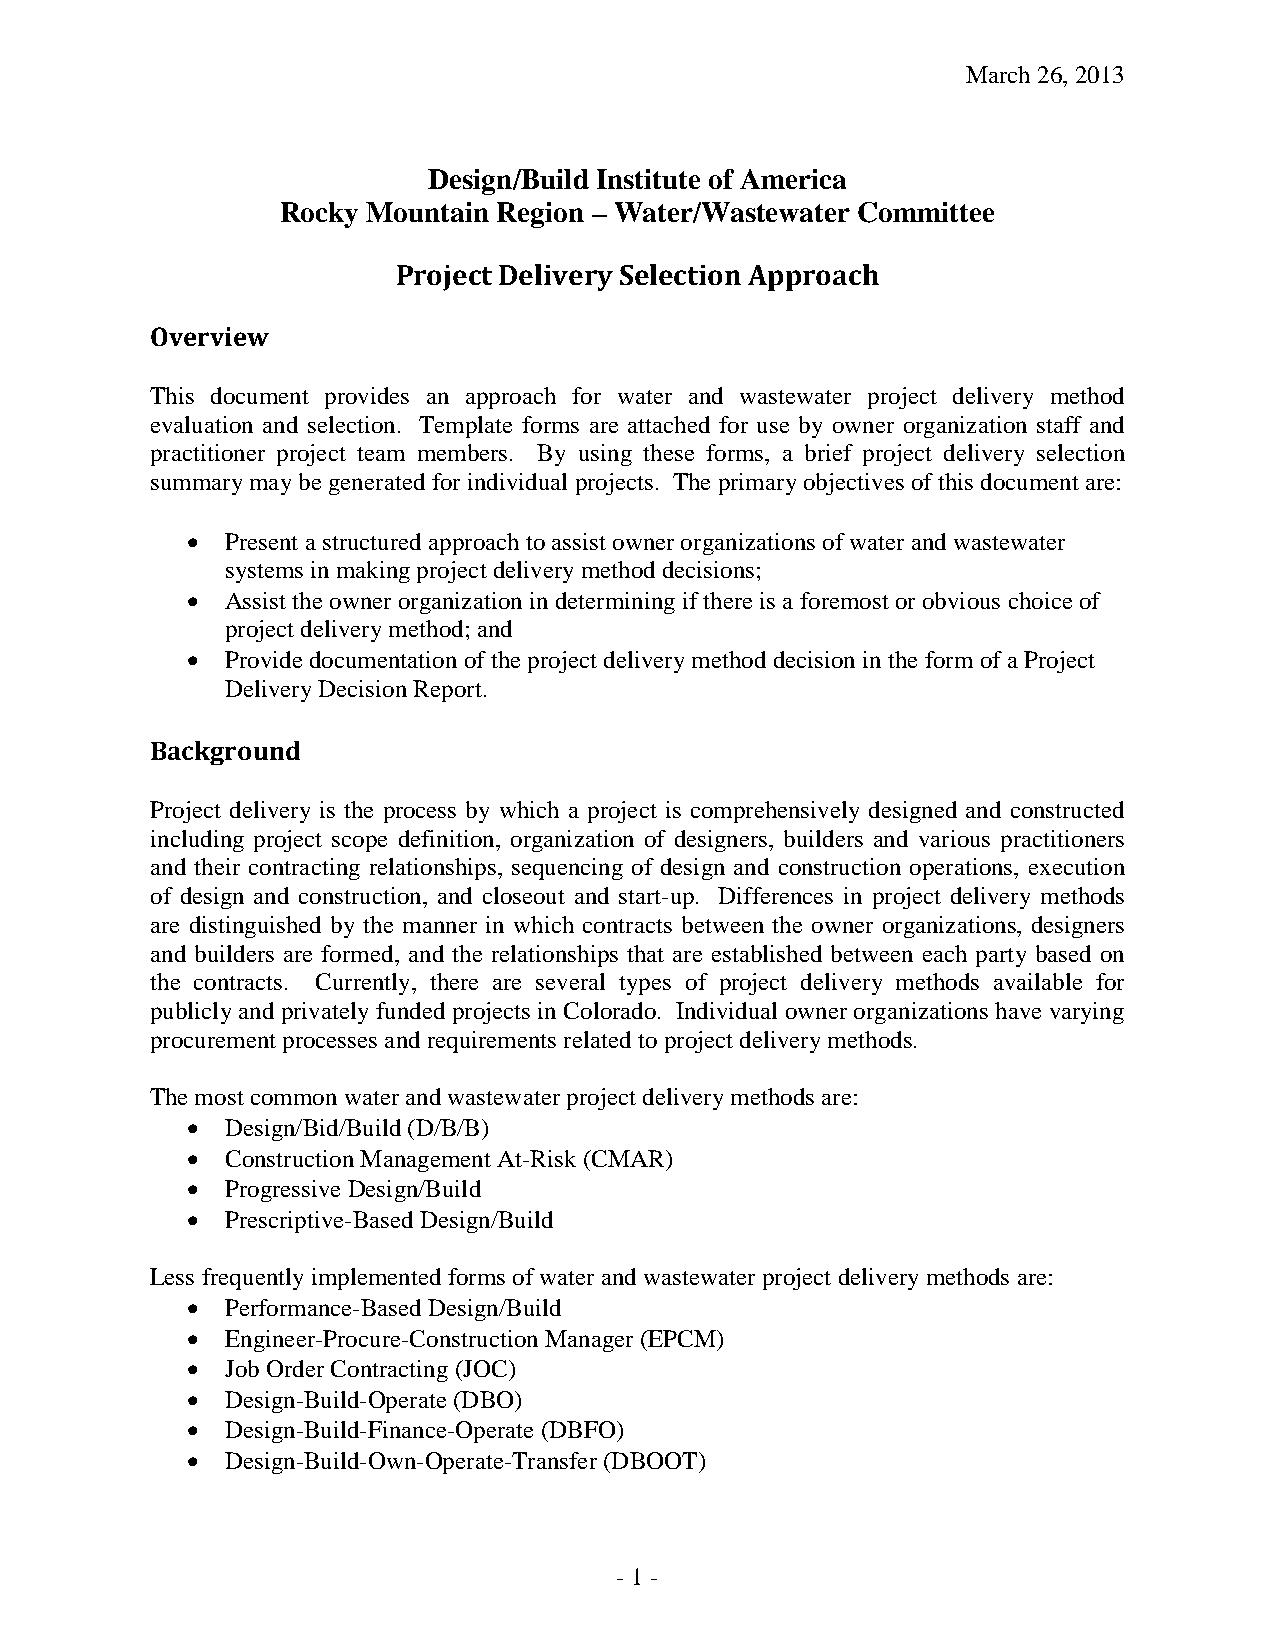
March 26, 2013
 Design/Build Institute of America
 Rocky Mountain Region – Water/Wastewater Committee
 Project Delivery Selection Approach
 Overview
 This document provides an approach for water and wastewater project delivery method
 evaluation and selection. Template forms are attached for use by owner organization staff and
 practitioner project team members. By using these forms, a brief project delivery selection
 summary may be generated for individual projects. The primary objectives of this document are:
 •  Present a structured approach to assist owner organizations of water and wastewater
 systems in making project delivery method decisions;
 •  Assist the owner organization in determining if there is a foremost or obvious choice of
 project delivery method; and
 •  Provide documentation of the project delivery method decision in the form of a Project
 Delivery Decision Report.
 Background
 Project delivery is the process by which a project is comprehensively designed and constructed
 including project scope definition, organization of designers, builders and various practitioners
 and their contracting relationships, sequencing of design and construction operations, execution
 of design and construction, and closeout and start-up. Differences in project delivery methods
 are distinguished by the manner in which contracts between the owner organizations, designers
 and builders are formed, and the relationships that are established between each party based on
 the contracts. Currently, there are several types of project delivery methods available for
 publicly and privately funded projects in Colorado. Individual owner organizations have varying
 procurement processes and requirements related to project delivery methods.
 The most common water and wastewater project delivery methods are:
 •  Design/Bid/Build (D/B/B)
 •  Construction Management At-Risk (CMAR)
 •  Progressive Design/Build
 •  Prescriptive-Based Design/Build
 Less frequently implemented forms of water and wastewater project delivery methods are:
 •  Performance-Based Design/Build
 •  Engineer-Procure-Construction Manager (EPCM)
 •  Job Order Contracting (JOC)
 •  Design-Build-Operate (DBO)
 •  Design-Build-Finance-Operate (DBFO)
 •  Design-Build-Own-Operate-Transfer (DBOOT)
 - 1 -